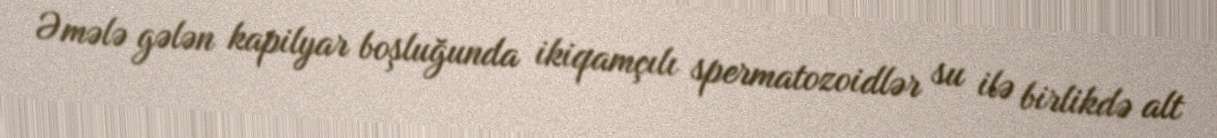
Əmələ gələn kapilyar boşluğunda ikiqamçılı spermatozoidlər su ilə birlikdə alt